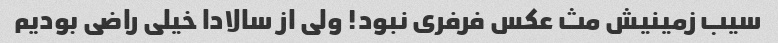
سیب زمینیش مث عکس فرفری نبود! ولی از سالادا خیلی راضی بودیم